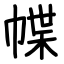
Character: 幉